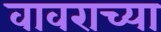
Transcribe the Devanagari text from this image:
वावराच्या